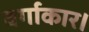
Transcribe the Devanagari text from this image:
वर्गाकार।